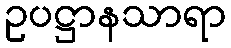
ဥပဋ္ဌာနသာရာ